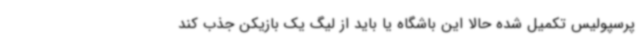
پرسپولیس تکمیل شده حالا این باشگاه یا باید از لیگ یک بازیکن جذب کند